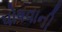
પોષવાની